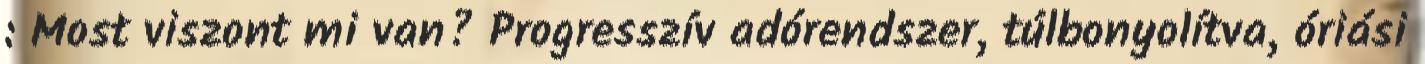
: Most viszont mi van? Progresszív adórendszer, túlbonyolítva, óriási